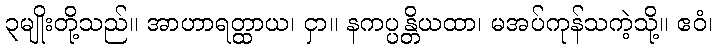
၃မျိုးတို့သည်။ အာဟာရတ္ထာယ၊ ငှာ။ နကပ္ပန္တိယထာ၊ မအပ်ကုန်သကဲ့သို့။ ဧဝံ၊